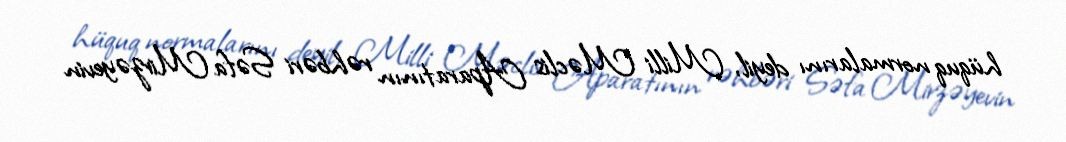
hüquq normalarını deyil, Milli Məclis Aparatının rəhbəri Səfa Mirzəyevin